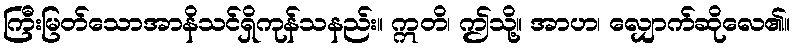
ကြီးမြတ်သောအာနိသင်ရှိကုန်သနည်း။ ဣတိ၊ ဤသို့။ အာဟ၊ လျှောက်ဆိုလေ၏။